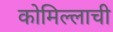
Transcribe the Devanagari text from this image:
कोमिल्लाची